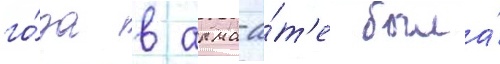
го́да в алма-а́т'е была́